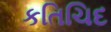
કતિચિદ